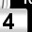
Digit: 4